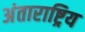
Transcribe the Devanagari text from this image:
अंताराष्ट्रिय